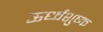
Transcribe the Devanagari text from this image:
ऊर्ध्वशुष्क